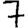
Digit: 7